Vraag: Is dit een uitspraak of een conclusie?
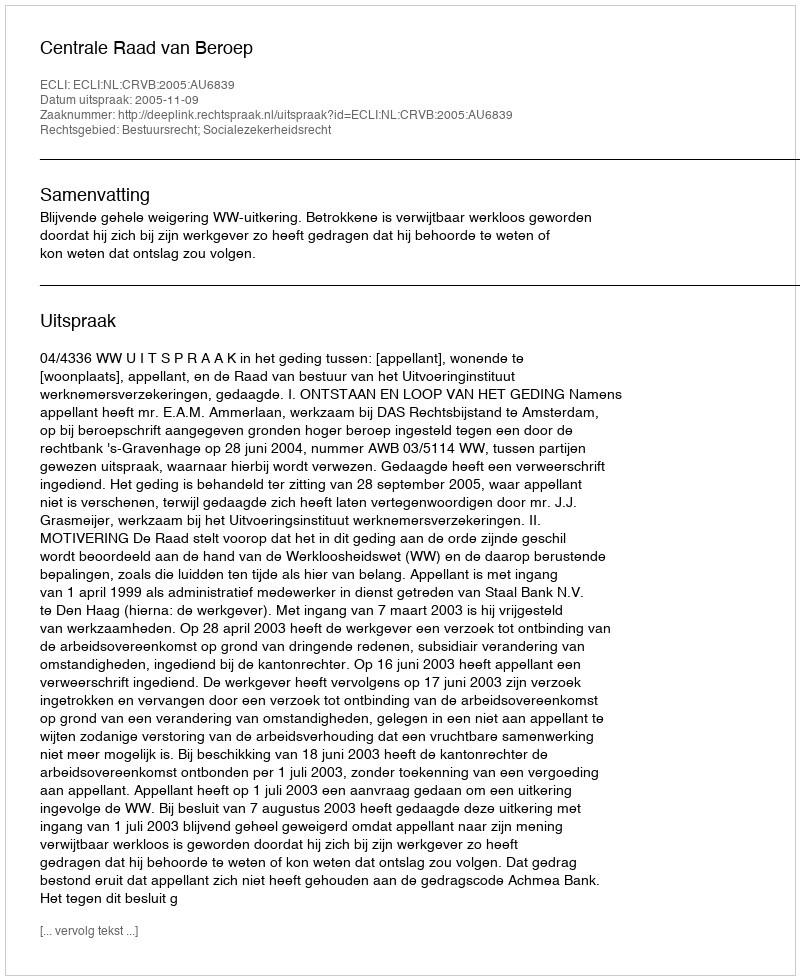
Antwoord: Uitspraak